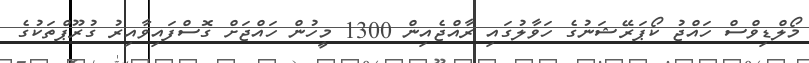
މޯލްޑިވްސް ހައްޖު ކޯޕަރޭޝަނުގެ ހަވާލުގައި ރާއްޖެއިން 1300 މީހުން ހައްޖަށް ގޮސްފައިވާއިރު ގުރޫޕްތަކުގެ